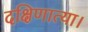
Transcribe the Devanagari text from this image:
दक्षिणात्या।